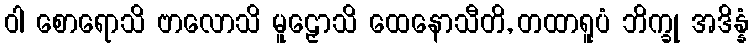
ဝါ စောရောသိ ဗာလောသိ မူဠှောသိ ထေနောသီတိ, တထာရူပံ ဘိက္ခု အဒိန္နံ